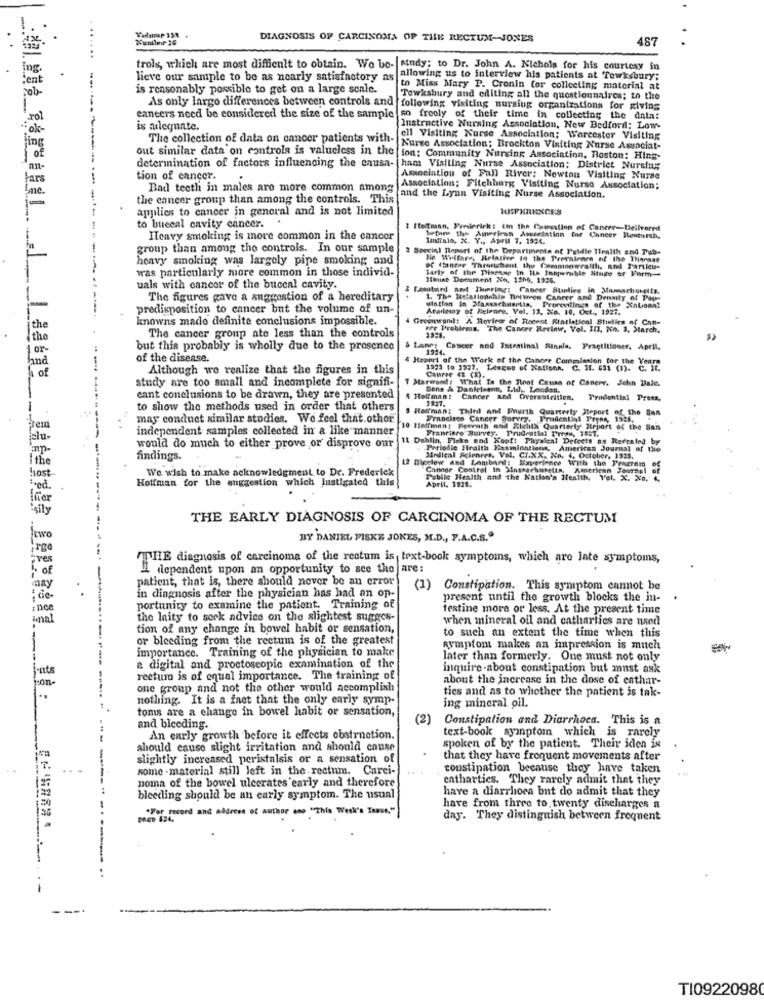
DIAGNOSIS OF CARCINOMA OF THE RECTUM-JONES
487
ng.
trols, which are most difficult to obtain. We be- sindy; to Dr. John A. Nichols for his courtesy in
ent
lieve our sample to be as nearly satisfactory as
allowing us to interview his patients at Tewksbury;
is reasonably possible to get on a large scale.
to Miss Mary P. Cronin for collecting material at
our
Tewksbury and editing all the questionnaires; to the
As only largo differences between controls and following visiting nursing organizations for giving
cancers need be considered the size of the sample so freely of their time in collecting the data!
: ok-
is aleguate.
Instructive Nursing Association, New Bedford: Low-
The collection of data on cancer patients with-
fell Visiting Nurse Association; Worcester Visiting
Fing
out similar data on controls is valueless in the
Nurse Association; Brockton Visiting Nurse Associat-
of
ion: Community Nursing Association, Roston: Hing-
an-
determination of factors influencing the causa-
ham Visiting Nurse Association; District Nursing
ars
tion of cancer.
Association of Fall River: Newton Visiting Nurse
Jne.
Bad teeth in males are more common among
Association; Fitchburg Visiting Nurso Association;
the cancer group than among the controls. This
and the Lynn Visiting Nurse Association.
applies to cancer in general and is not limited
REFERENCES
.
to buecal cavity cancer.
2 IteTmann, Frederick: tin the Causalion of Cancer-Delivered
before the American Asociation
Ilcavy smoking is more common in the cancer
Imidialo, X. Y ., April 7. 1524.
for Chneer Rosturch,
group than among the controls. In our sample
2 Special Tinpart of the Departmenta of Tuidle Ifealth and Tub-
heavy smoking was largely pipe smoking and
Ne Welfare, Relative In the Prevalence of the Pinesse
of Cancer Throttshant the Commonwealth, and Partieu-
Sarty of the Disease in ILa Inoperable Singe of Form -.
was particularly more common in those individ-
Monat Document No, 1200, 1326.
uals with cancer of the buceal cavity.
Losobard amt Therings Cancer Sunlies in Mamachoreits.
The figures gave a suggestion of a hereditary
1. The Islationship Between Cancer and Density of Pop
predisposition to cancer but the volume of un-
Ataliemy of Belenre, Vol. 13. No. 10. Oct ., 1927.
wintion in Massachusetts, Proreclings of the Xaliomni
knowns made definite conclusions impossible.
4 Greenwond: A Review of Recent Riatletical Stilles of Can-
the
for Problema, The Cancer Review, Vol. III. No. 3. March,
the
The cancer group ate less than the controls
1928.
Or-
but this probably is wholly due to the presence
& Langs Cancer and Intestinal Sinnia. Practitioner. April.
1914.
hand
of the disease.
& Hepert of the Work of the Canere Commission for The Yeara
of
Although we realize that the figures in this
1923 to 3937. Litages of Nationn. C. I1. 651 (3). C. It.
CanPer 43 (3).
vont: What Is Che Tinot Cause of Canerr. Jehn Baie.
study are too small and incomplete for signifi-
Sone & Danielsson, Itd. London.
cant conclusions to be drawn, they are presented
4 Hoffman: Cancer and Overnutrition,
1927.
Prudential Press.
to show the methods used in order that others
. Hoffman: Third and Furth Quarterly Jeport of the San
may conduct similar studies. We feel that.othor
Francisco Cancer Survey. Prudential Prens, 13:5,
independent samples collected in a like manner
10 Hedman: Fewvath and Bichth Quarterly Iteport of the San
Francisco Survey. Prudential Trees, 15:1.
11 Dahlin, Fiske end Kopf: Phyalcal Defects ny Revealed by
mp-
would do much to either prove or disprove our
Periodic Fraith Examinations, American Journal of the
I the
findings.
12 Bigelow and Lamband: Experience With the Program
Medical Sciences, Vol. CI.XX. No. 4, October, 1925,
We wish to make acknowledgment to Dr. Frederick
Canage Control In Sinshechusetts. American Tourgel
host
Hoffman for the suggestion which lustigated this
Public Health and the Nation's Health, Vel. X. X0,'
April. 1828.
red.
mer
sily
THE EARLY DIAGNOSIS OF CARCINOMA OF THE RECTUM
two
BY DANIEL PISKE JOKES, M.D ., P.A.C.S.ª
Ergo
THE diagnosis of carcinoma of the rectum is text-book symptoms, which are late symptoms,
of
dependent upon an opportunity to see the are:
patient, that is, there should never be an error
may
(1) Constipation. This symptom cannot be
in diagnosis after the physician has had an op-
present until the growth blocks the in-
ince
portunity to examine the patient. Training of
testine more or less. At the present time
inal
the laity to seek advice on the slightest sugges-
when mineral oil and cathartics are naed
tion of any change in bowel habit or sensation,
to such an extent the time when this
or bleeding from the rectum is of the greatest
importance. Training of the physician to make
symptom makes an impression is much
later than formerly. One must not only
a digital and proctoscopic examination of the
inquire about constipation but must ask
rectum is of equal importance. The training of
about the increase in the dose of enthar-
son -
one group and not the other would accomplish
ties and as to whether the patient is tak-
..
nothing. It is a inet that the only early symp.
toms are a change in bowel habit or sensation,
ing mineral oil.
(2)
Constipation and Diarrhoca. This is a
and bleeding.
text-book symptom which is rarely
An early growth before it effects obstruction.
should cause slight irritation and should cause
spoken of by the patient. Their iden is
slightly increased peristalsis or a sensation of
that they have frequent movements after
some - material still Jeft in the. rectum. Carei-
constipation because they have taken
noma of the bowel ulecrates early and therefore
cathartics. They rarely admit that they
have a diarrhoea but do admit that they
bleeding should be an early symptom. The usual
.For record and address of author ans "This Week's Inave,"
have from three to twenty discharges a
day. They distinguish between frequent
T10922098